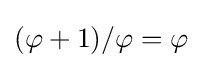
(\varphi +1)/\varphi =\varphi